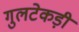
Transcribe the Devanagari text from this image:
गुलटेकड़ी